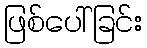
ဖြစ်ပေါ်ခြင်း